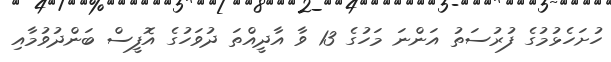
ހުށަހެޅުމުގެ ފުރުސަތު އަންނަ މަހުގެ 13 ވާ އާދީއްތަ ދުވަހުގެ އޮފީސް ބަންދުވުމާއި